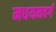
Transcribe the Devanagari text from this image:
मधयमवर्ग